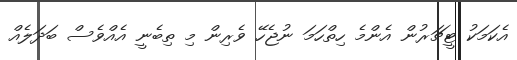
އެކަމަކު ޓީޗަރުން އެންމެ ހިތްހަމަ ނުޖެހޭ ވެރިން މި ތިބެނީ އެއްވެސް ބަދަލެއް